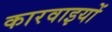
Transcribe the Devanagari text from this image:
कारवाइयों